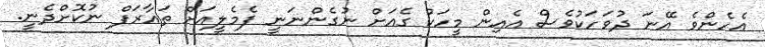
އެހެންވެ އޭނަ ދުވަހަކުވެސް އެއިން މީހަކު ގެއަށް ނުގެންނަނީ ފެމެލީއަށް ތައާރަފް ނުކޮށްދެނީ.